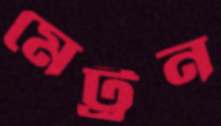
মেট্রন